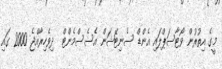
މީގެ އިތުރުން ވޯޓާސަޕްލައި އެންޑް ސެނިޓޭޝަން އެސެސްމެންޓް  ދިވެހިރާއްޖެ 2000 ގައި